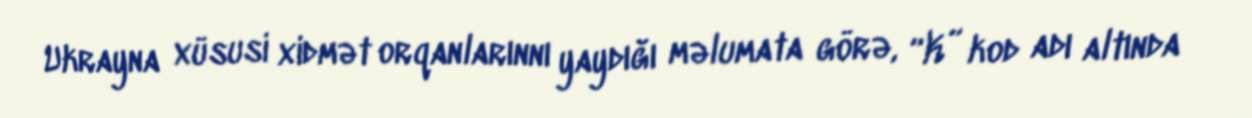
Ukrayna xüsusi xidmət orqanlarınnı yaydığı məlumata görə, “K” kod adı altında